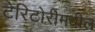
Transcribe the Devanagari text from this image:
टेरिटोरीमधील